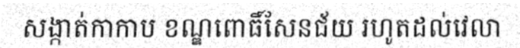
សង្កាត់កាកាប ខណ្ឌពោធិ៍សែនជ័យ រហូតដល់វេលា